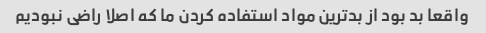
واقعا بد بود از بدترین مواد استفاده کردن ما که اصلا راضی نبودیم